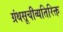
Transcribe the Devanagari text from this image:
ग्रंथसूचीव्यतिरिक्त